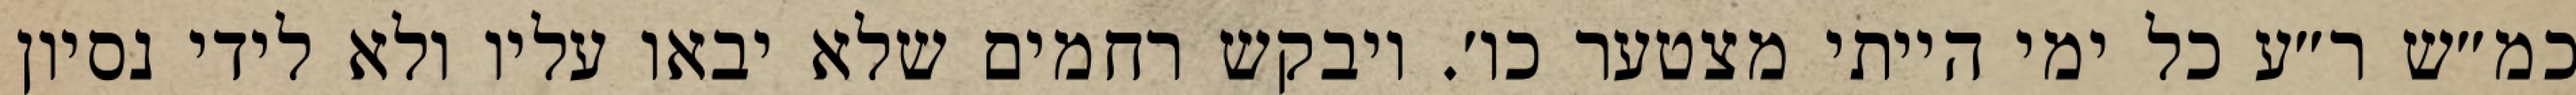
כמ״ש ר״ע כל ימי הייתי מצטער כו׳. ויבקש רחמים שלא יבאו עליו ולא לידי נסיון